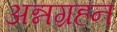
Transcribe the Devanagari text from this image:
अन्नग्रहन